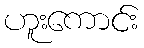
ဟူးကောင်း